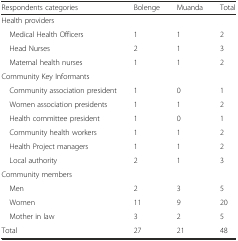
| Respondents categories | Bolenge | Muanda | Total |
 | --- | --- | --- | --- |
 | Health providers |  |  |  |
 | Medical Health Officers | 1 | 1 | 2 |
 | Head Nurses | 2 | 1 | 3 |
 | Maternal health nurses | 1 | 1 | 2 |
 | Community Key Informants |  |  |  |
 | Community association president | 1 | 0 | 1 |
 | Women association presidents | 1 | 1 | 2 |
 | Health committee president | 1 | 0 | 1 |
 | Community health workers | 1 | 1 | 2 |
 | Health Project managers | 1 | 1 | 2 |
 | Local authority | 2 | 1 | 3 |
 | Community members |  |  |  |
 | Men | 2 | 3 | 5 |
 | Women | 11 | 9 | 20 |
 | Mother in law | 3 | 2 | 5 |
 | Total | 27 | 21 | 48 |